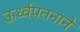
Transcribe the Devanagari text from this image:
ऊर्ध्वपतनाने